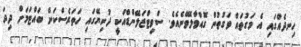
ހިނދެއްގައި އެ މަގުތައް ވަގުތުން ގޮއްވާލެވޭނެއެވެ. ސްވިޓްޒަލޭންޑްއަކީ ދުނިޔޭގައި ހަތަރެސްކަން ބައްޓަމަށް ދިދަ